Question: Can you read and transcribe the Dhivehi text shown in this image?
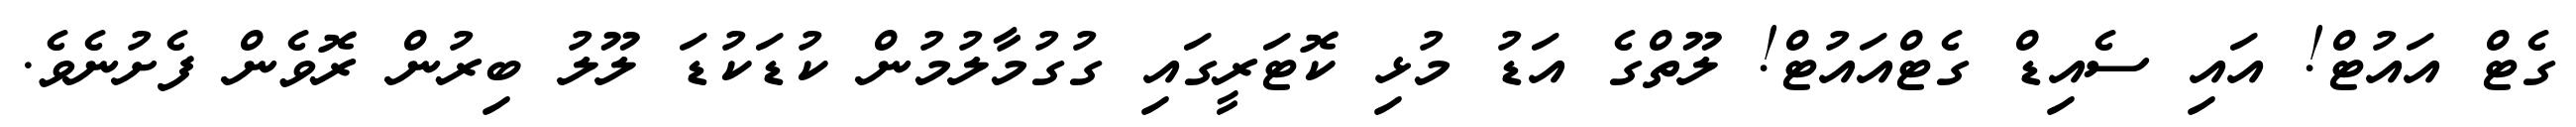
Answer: ގެޓް އައުޓް! އައި ސެއިޑް ގެޓްއައުޓް! ލޫތްގެ އަޑު މުޅި ކޮޓަރީގައި ގުގުމާލުމުން ކުޑަކުޑަ ލޫލު ބިރުން ރޮވެން ފެށުނެވެ.